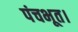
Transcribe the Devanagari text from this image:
पंचभूत।